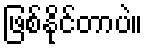
ဖြစ်နိုင်တာပဲ။